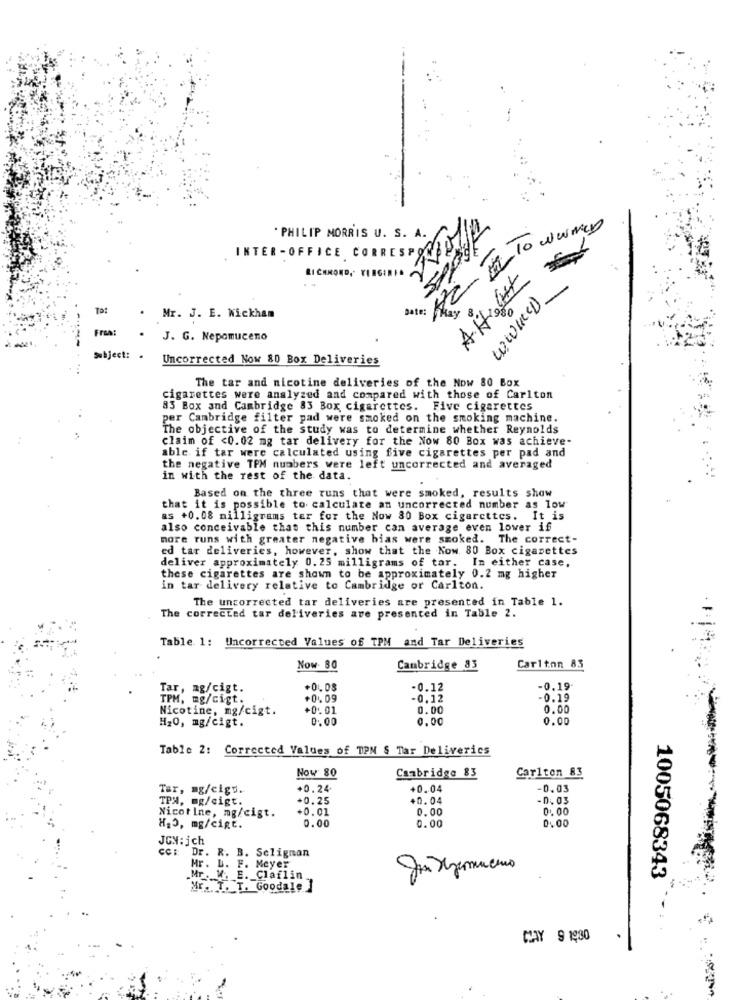
. PHILIP MORRIS U. S. A.
INTER -OFFICE CORRESPO
RICHMOND, VIRGINIA
A.H.Att
WWWRED_
Ta:
.
Mr. J. E. Wickham
Free:
J. G. Nepomuceno
Subject: .
Uncorrected Now 80 Box Deliveries
The tar and nicotine deliveries of the Now 80 Box
cigarettes were analyzed and compared with those of Carlton
83 Box and Cambridge 83 Box cigarettes. Five cigarettes
per Cambridge filter pad were smoked on the smoking machine.
The objective of the study was to determine whether Reynolds
claim of <0.02 mg tar delivery for the Now 80 Box was achieve-
able if tar were calculated using five cigarettes per pad and
the negative TPM numbers were left uncorrected and averaged
in with the rest of the data.
Based on the three runs that were smoked, results show
that it is possible to calculate an uncorrected number as low
as +0.08 milligrams ter for the Now 80 Box cigarettes. It is
also conceivable that this number can average even lower if
more runs with greater negative bias were smoked. The correct-
ed tar deliveries, however, show that the Now 80 Box cigarettes
deliver approximately 0.25 milligrams of tar. In either case.
these cigarettes are shown to be approximately 0.2 mg higher
in tar delivery relative to Cambridge or Carlton.
The uncorrected tar deliveries are presented in Table 1.
The corrected tar deliveries are presented in Table 2.
Table 1: Uncorrected Values of TPM and Tar Deliveries
Now. 80
Cambridge 83
Carlton 83
Tar, ag/cigt.
+01.08
-0.12
-0.19
TPM, mg/cigt.
+01.09
-0.12
-0.19
Nicotine, mg/cigt.
+0.01
0.00
0.00
H20, mg/cigt.
0.00
0.00
0.00
Table 2: Corrected Values of TPN § Tar Deliverics
Carlton 83
Now 80
Cambridge 83
Tar, ag/cigu.
+0.24
+0.04
-0.03
TPA, mg/cigt.
+0. 25
+0.04
-0. 03
+0.01
0.00
0100
Nicotine, mg/cigt.
0.00
0.00
HAS, mg/cigt.
0.00
JON: jch
CCE
Dr. R. B. Seligman
Mr. L. F. Meyer
Mr . M. E. Claflin
1005068343
Mr. T. T. Goodale ]
MAY 9 1930